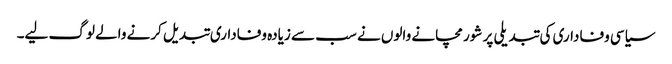
سیاسی وفاداری کی تبدیلی پر شور مچانے والوں نے سب سے زیادہ وفاداری تبدیل کرنے والے لوگ لیے۔